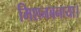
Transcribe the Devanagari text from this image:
मिशनबनाया।